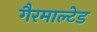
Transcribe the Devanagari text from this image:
गैरमाल्टेड